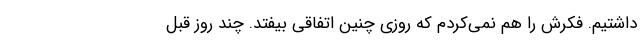
داشتیم. فکرش را هم نمی‌کردم که روزی چنین اتفاقی بیفتد. چند روز قبل